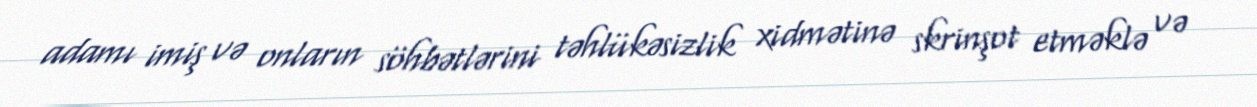
adamı imiş və onların söhbətlərini təhlükəsizlik xidmətinə skrinşot etməklə və